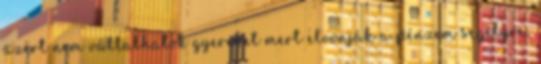
azért nem vállalhatok gyereket mert elvonják a pénzem segélyre,